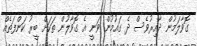
ގޮވާލަމުން ދާއިރުވެސް ދެ ގައުމުން ވަނީ އެ ގޮވާލުން ތަކަށް ބީރު ކަންފަތެއް